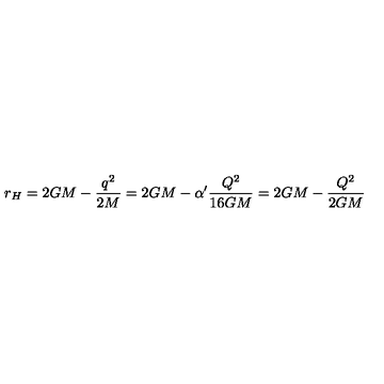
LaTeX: r _ { H } = 2 G M - \frac { q ^ { 2 } } { 2 M } = 2 G M - \alpha ^ { \prime } \frac { Q ^ { 2 } } { 1 6 G M } = 2 G M - \frac { Q ^ { 2 } } { 2 G M }